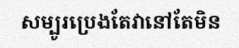
សម្បូរប្រេងតែវានៅតែមិន